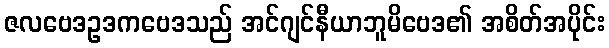
ဇလဗေဒဥဒကဗေဒသည် အင်ဂျင်နီယာဘူမိဗေဒ၏ အစိတ်အပိုင်း